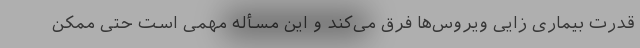
قدرت بیماری زایی ویروس‌ها فرق می‌کند و این مسأله مهمی است حتی ممکن